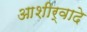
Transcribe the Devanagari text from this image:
आशीर्वादे